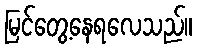
မြင်တွေ့နေရလေသည်။